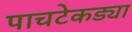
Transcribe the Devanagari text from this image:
पाचटेकड्या